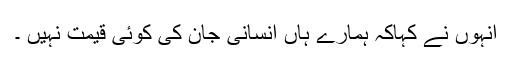
انہوں نے کہاکہ ہمارے ہاں انسانی جان کی کوئی قیمت نہیں ۔